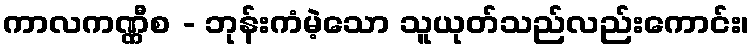
ကာလကဏ္ဏီစ - ဘုန်းကံမဲ့သော သူယုတ်သည်လည်းကောင်း၊